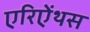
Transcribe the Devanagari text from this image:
एरिऐंथस